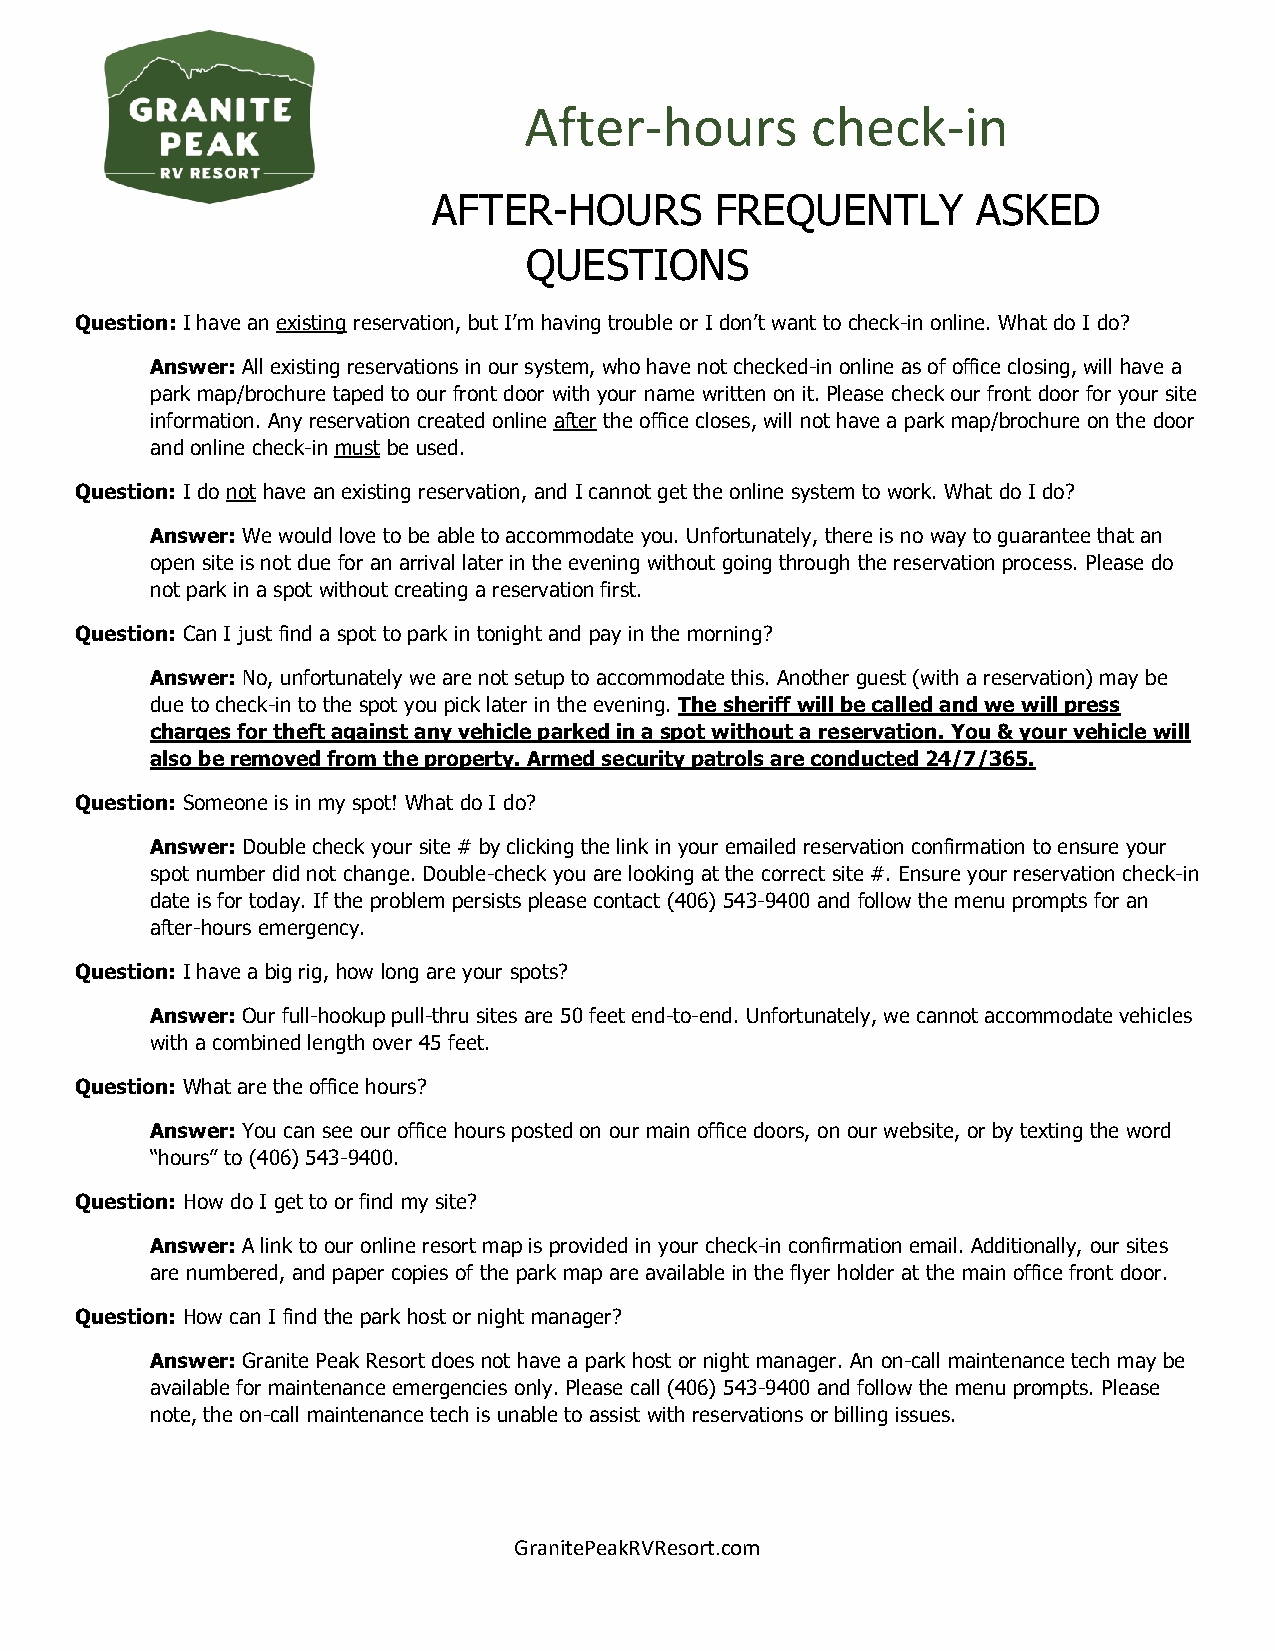
After-hours        check-in
 AFTER-HOURS       FREQUENTLY        ASKED
 QUESTIONS
 Question: I have an existing reservation, but I’m having trouble or I don’t want to check-in online. What do I do?
 Answer: All existing reservations in our system, who have not checked-in online as of office closing, will have a
 park map/brochure taped to our front door with your name written on it. Please check our front door for your site
 information. Any reservation created online after the office closes, will not have a park map/brochure on the door
 and online check-in must be used.
 Question: I do not have an existing reservation, and I cannot get the online system to work. What do I do?
 Answer: We would love to be able to accommodate you. Unfortunately, there is no way to guarantee that an
 open site is not due for an arrival later in the evening without going through the reservation process. Please do
 not park in a spot without creating a reservation first.
 Question: Can I just find a spot to park in tonight and pay in the morning?
 Answer: No, unfortunately we are not setup to accommodate this. Another guest (with a reservation) may be
 due to check-in to the spot you pick later in the evening. The sheriff will be called and we will press
 charges for theft against any vehicle parked in a spot without a reservation. You & your vehicle will
 also be removed from the property. Armed security patrols are conducted 24/7/365.
 Question: Someone is in my spot! What do I do?
 Answer: Double check your site # by clicking the link in your emailed reservation confirmation to ensure your
 spot number did not change. Double-check you are looking at the correct site #. Ensure your reservation check-in
 date is for today. If the problem persists please contact (406) 543-9400 and follow the menu prompts for an
 after-hours emergency.
 Question: I have a big rig, how long are your spots?
 Answer: Our full-hookup pull-thru sites are 50 feet end-to-end. Unfortunately, we cannot accommodate vehicles
 with a combined length over 45 feet.
 Question: What are the office hours?
 Answer: You can see our office hours posted on our main office doors, on our website, or by texting the word
 “hours” to (406) 543-9400.
 Question: How do I get to or find my site?
 Answer: A link to our online resort map is provided in your check-in confirmation email. Additionally, our sites
 are numbered, and paper copies of the park map are available in the flyer holder at the main office front door.
 Question: How can I find the park host or night manager?
 Answer: Granite Peak Resort does not have a park host or night manager. An on-call maintenance tech may be
 available for maintenance emergencies only. Please call (406) 543-9400 and follow the menu prompts. Please
 note, the on-call maintenance tech is unable to assist with reservations or billing issues.
 GranitePeakRVResort.com